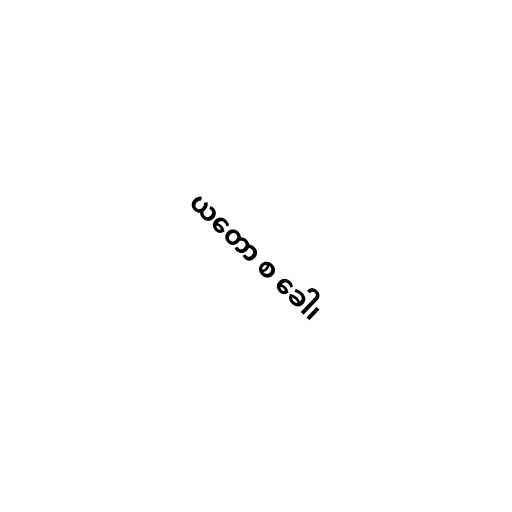
ယတော စ ခေါ၊